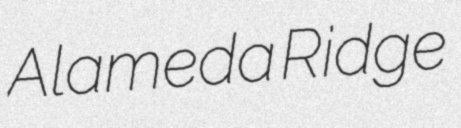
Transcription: Alameda Ridge